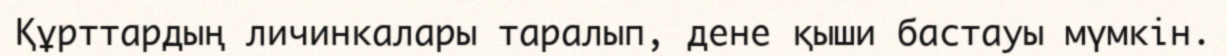
Құрттардың личинкалары таралып, дене қыши бастауы мүмкін.